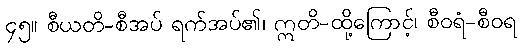
၄၅။ စီယတိ-စီအပ် ရက်အပ်၏၊ ဣတိ-ထို့ကြောင့်၊ စီဝရံ-စီဝရ